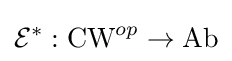
{\mathcal {E}}^{*}:{\text{CW}}^{op}\to {\text{Ab}}